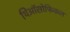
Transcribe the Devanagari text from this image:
थिऑसोफिकल